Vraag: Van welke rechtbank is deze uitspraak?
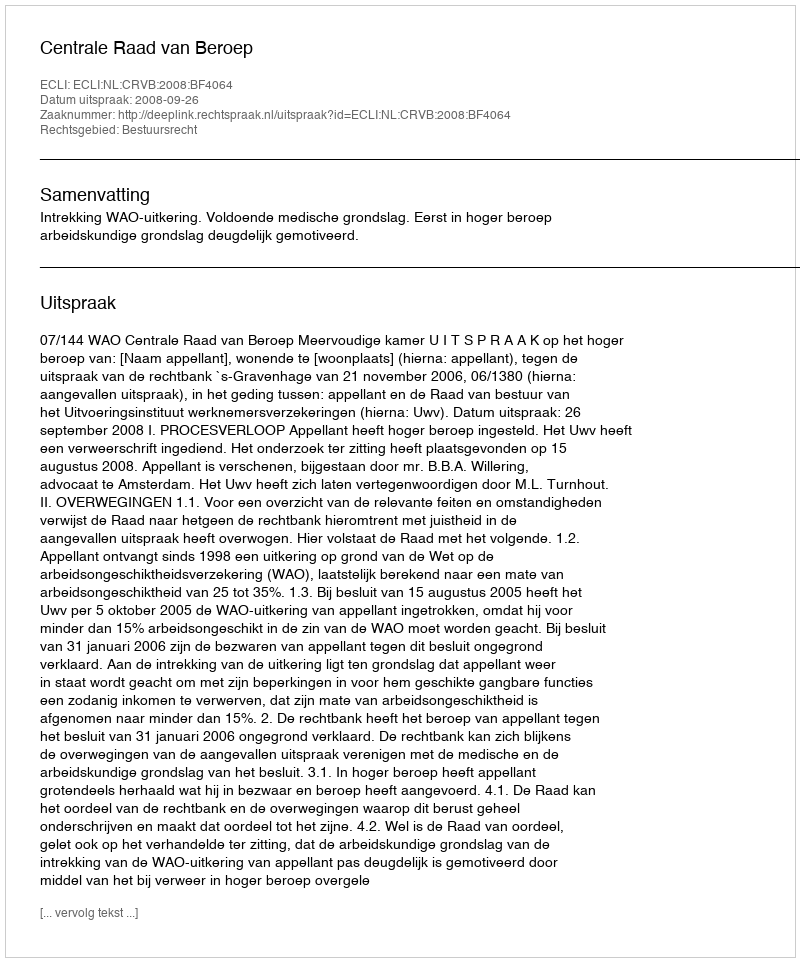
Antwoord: Centrale Raad van Beroep